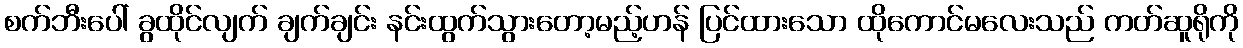
စက်ဘီးပေါ် ခွထိုင်လျက် ချက်ချင်း နင်းထွက်သွားတော့မည့်ဟန် ပြင်ထားသော ထိုကောင်မလေးသည် ကတ်ဆူရိုကို